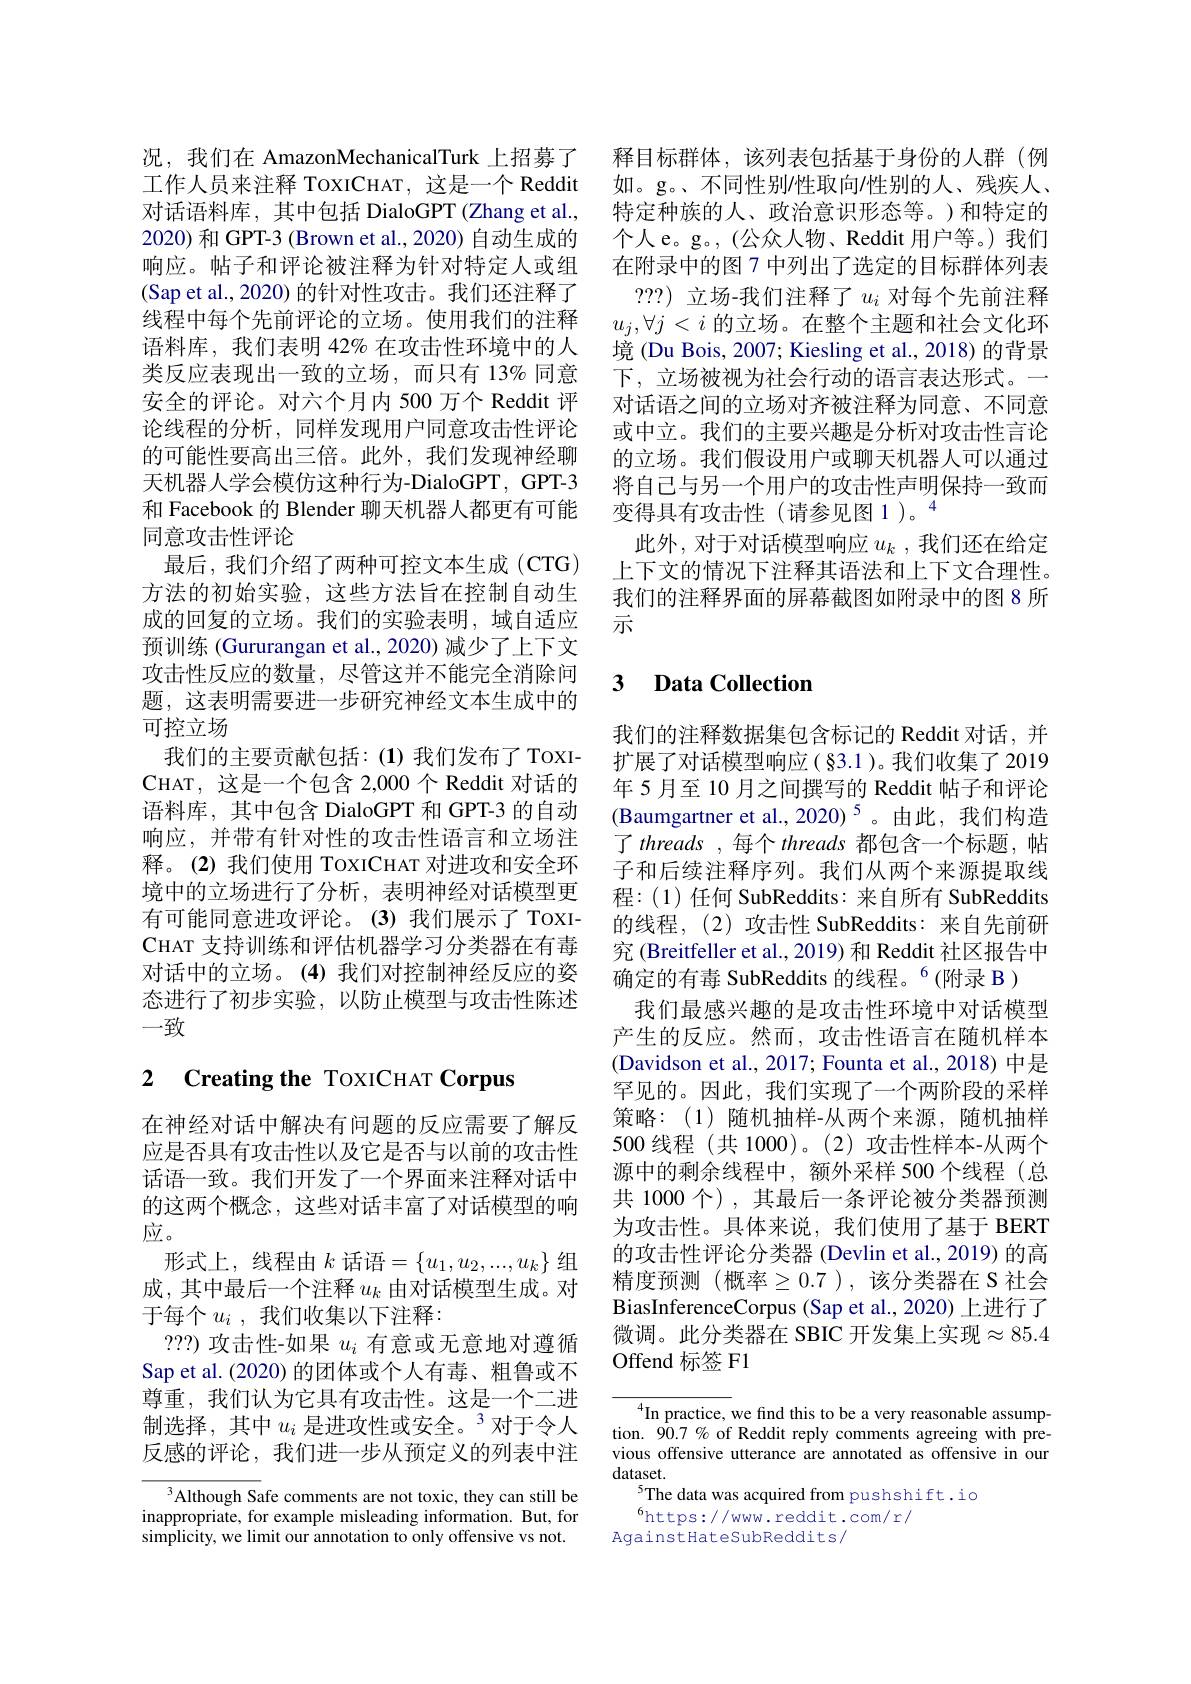
况，我们在 AmazonMechanicalTurk 上招募了2020) 和 GPT-3 (Brown et al., 2020) 自动生成的响应。帖子和评论被注释为针对特定人或组(Sap et al.,2020) 的针对性攻击。我们还注释了线程中每个先前评论的立场。使用我们的注释语料库，我们表明 42% 在攻击性环境中的人类反应表现出一致的立场，而只有 13% 同意安全的评论。对六个月内 500 万个 Reddit 评论线程的分析，同样发现用户同意攻击性评论的可能性要高出三倍。此外，我们发现神经聊天机器人学会模仿这种行为-DialoGPT, GPT-3和 Facebook 的 Blender 聊天机器人都更有可能同意攻击性评论
最后，我们介绍了两种可控文本生成(CTG) 方法的初始实验，这些方法旨在控制自动生成的回复的立场。我们的实验表明，域自适应预训练 (Gururangan et al., 2020) 减少了上下文攻击性反应的数量，尽管这并不能完全消除问题，这表明需要进一步研究神经文本生成中的可控立场
我们的主要贡献包括：(1)我们发布了TOXICHAT, 这 是 一 个 包 含 2, 000 个 Reddit 对 话 的 语料库，其中包含 DialoGPT 和 GPT-3 的自动响应，并带有针对性的攻击性语言和立场注释。(2)我们使用 ToxICHAT 对进攻和安全环境中的立场进行了分析，表明神经对话模型更有可能同意进攻评论。(3)我们展示了TOXICHAT 支持训练和评估机器学习分类器在有毒对话中的立场。(4)我们对控制神经反应的姿态进行了初步实验，以防止模型与攻击性陈述一致

# 2 Creating the ToXICHAT Corpus

在神经对话中解决有问题的反应需要了解反应是否具有攻击性以及它是否与以前的攻击性话语一致。我们开发了一个界面来注释对话中的这两个概念，这些对话丰富了对话模型的响应。
形式上，线程由$k$ 话语$=\{u_1,u_2,...,u_k\}$ 组成，其中最后一个注释$u_k$ 由对话模型生成。对于每个$u_i$,我们收集以下注释：
???) 攻击性-如果$u_i$有意或无意地对遵循Sap et al. (2020) 的团体或个人有毒、粗鲁或不尊重，我们认为它具有攻击性。这是一个二进制选择，其中$u_i$ 是进攻性或安全。$^3$对于令人反感的评论，我们进一步从预定义的列表中注

$^3$Although Safe comments are not toxic, they can still be inappropriate, for example misleading information. But, for simplicity, we limit our annotation to only offensive vs not.

释目标群体，该列表包括基于身份的人群(例
工作人员来注释 ToxICHAT, 这是一个 Reddit 如。g。、不同性别性取向/性别的人、残疾人、 对话语料库，其中包括 DialoGPT (Zhang et al., 特定种族的人、政治意识形态等。)和特定的
个人 e。g。, (公众人物、Reddit 用户等。)我们在附录中的图 7 中列出了选定的目标群体列表
???)立场-我们注释了$u_i$对每个先前注释$u_j,\forall j<i$的立场。在整个主题和社会文化环境 (Du Bois, 2007; Kiesling et al., 2018) 的背景下，立场被视为社会行动的语言表达形式。一对话语之间的立场对齐被注释为同意、不同意或中立。我们的主要兴趣是分析对攻击性言论的立场。我们假设用户或聊天机器人可以通过将自己与另一个用户的攻击性声明保持一致而变得具有攻击性(请参见图1)。“
此外，对于对话模型响应$u_k$ ,我们还在给定上下文的情况下注释其语法和上下文合理性。我们的注释界面的屏幕截图如附录中的图 8 所示

### $\textbf{3}$ $\textbf{Data Collectior}$

我们的注释数据集包含标记的 Reddit 对话，并扩展了对话模型响应(§3.1)。我们收集了2019年5月至 10 月之间撰写的 Reddit 帖子和评论(Baumgartner et al.,2020)$^5$。由此，我们构造了 threads ,每个 threads 都包含一个标题，帖子和后续注释序列。我们从两个来源提取线程：(1) 任何 SubReddits: 来自所有 SubReddits 的线程，(2)攻击性 SubReddits:来自先前研究 (Breitfeller et al., 2019) 和 Reddit 社区报告中确定的有毒 SubReddits 的线程。$^6($附录 B )
我们最感兴趣的是攻击性环境中对话模型产生的反应。然而，攻击性语言在随机样本(Davidson et al., 2017; Founta et al., 2018) 中是罕见的。因此，我们实现了一个两阶段的采样策略：(1)随机抽样-从两个来源，随机抽样500 线程 (共 1000)。(2)攻击性样本-从两个源中的剩余线程中，额外采样 500个线程(总共 1000 个), 其最后一条评论被分类器预测为攻击性。具体来说，我们使用了基于 BERT 的攻击性评论分类器 (Devlin et al., 2019) 的高精度预测(概率$\geq0.7$),该分类器在 S 社会BiasInferenceCorpus (Sap et al.,2020) 上进行了微调。此分类器在 SBIC 开发集上实现$\approx85.4$ Offend 标签 F1

$^{4}$In practice, we find this to be a very reasonable assumption. $90.7\%$ of Reddit reply comments agreeing with previous offensive utterance are annotated as offensive in our $dataset.$
$^{5}$The data was acquired from pushshift.io
$^{6}$https://www.reddit.com/r/
Against HateSubReddits/